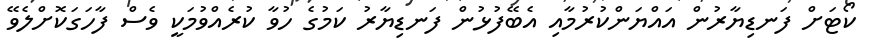
ކޯޓަށް ފަނޑިޔާރުން އައްޔަންކުރުމާއި އެބޭފުޅުން ފަނޑިޔާރު ކަމުގެ ހުވާ ކުރެއްވުމަކީ ވެސް ފާހަގަކޮށްލެވޭ